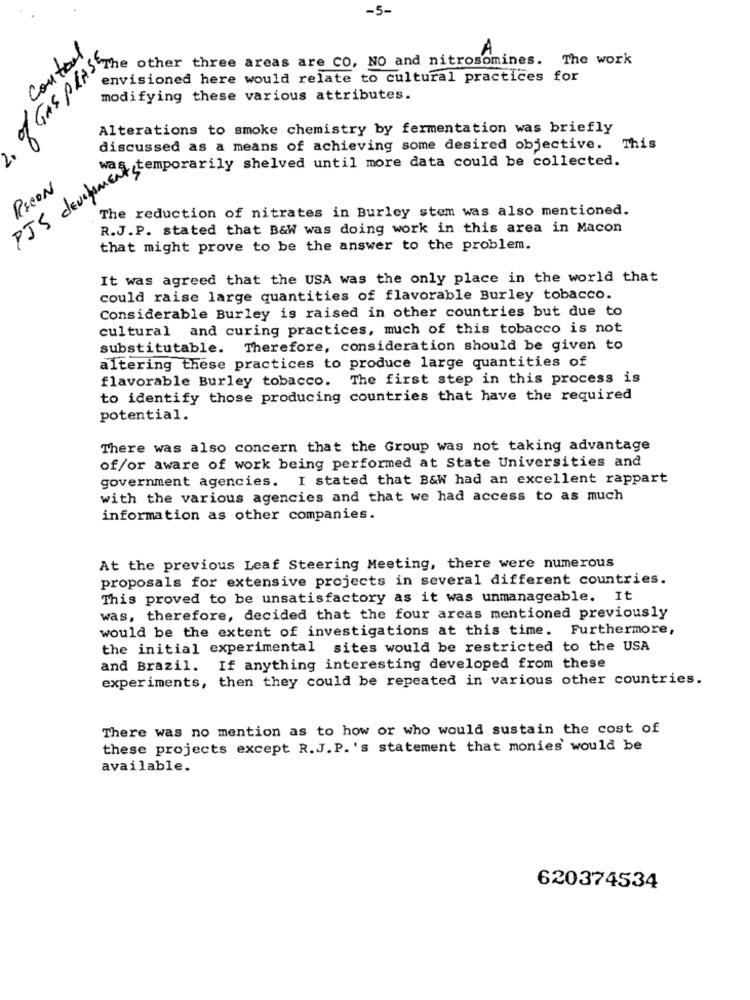
-5-
Control
of GAS PLASS
Vcp envisioned three areas are CO. NO and nitrosomines. The
envisioned here would relate to cultural practices for
modifying these various attributes.
Alterations to smoke chemistry by fermentation was briefly
2.
discussed as a means of achieving some desired objective. This
wa
K devepozy shelved until more data could be collect
PSCON
The reduction of nitrates in Burley stem was also mentioned.
R.J.P. stated that B&W was doing work in this area in Macon
that might prove to be the answer to the problem.
It was agreed that the USA was the only place in the world that
could raise large quantities of flavorable Burley tobacco.
Considerable Burley is raised in other countries but due to
cultural and curing practices, much of this tobacco is not
substitutable. Therefore, consideration should be given to
altering these practices to produce large quantities of
flavorable Burley tobacco. The first step in this process is
to identify those producing countries that have the required
potential.
There was also concern that the Group was not taking advantage
of/or aware of work being performed at State Universities and
government agencies. I stated that B&W had an excellent rappart
with the various agencies and that we had access to as much
information as other companies.
At the previous Leaf Steering Meeting, there were numerous
proposals for extensive projects in several different countries.
This proved to be unsatisfactory as it was unmanageable. It
was, therefore, decided that the four areas mentioned previously
would be the extent of investigations at this time. Furthermore,
the initial experimental sites would be restricted to the USA
and Brazil. If anything interesting developed from these
experiments, then they could be repeated in various other countries.
There was no mention as to how or who would sustain the cost of
these projects except R.J. P.'s statement that monies would be
available.
620374534